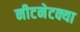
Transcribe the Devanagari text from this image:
नीटनेटक्या